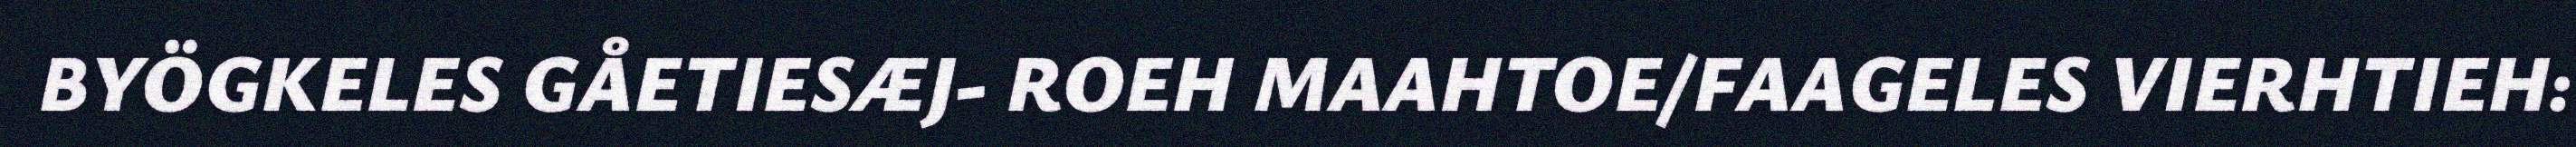
BYÖGKELES GÅETIESÆJ- ROEH MAAHTOE/FAAGELES VIERHTIEH: